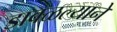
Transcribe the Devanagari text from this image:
डावळल्याने